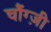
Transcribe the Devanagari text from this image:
चौंग्ज़ी